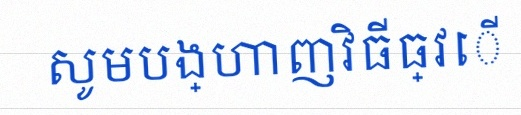
សូមបង្ហាញវិធីធ្វើ